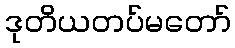
ဒုတိယတပ်မတော်